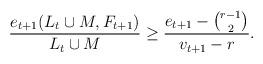
LaTeX: \begin{align*} \frac{e_{t+1}(L_{t} \cup M, F_{t+1})}{L_{t} \cup M} \geq \frac{e_{t+1}-\binom{r-1}{2}}{v_{t+1} - r}.\end{align*}